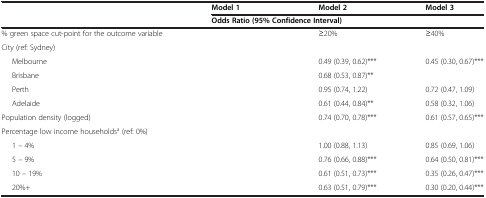
<table><thead><tr><td>[EMPTY_CELL]</td><td><b>Model 1</b></td><td><b>Model 2</b></td><td><b>Model 3</b></td></tr><tr><td>[EMPTY_CELL]</td><td colspan="3"><b>Odds Ratio (95% Confidence Interval)</b></td></tr></thead><tbody><tr><td>% green space cut-point for the outcome variable</td><td>[EMPTY_CELL]</td><td>≥20%</td><td>≥40%</td></tr><tr><td>City (ref: Sydney)</td><td>[EMPTY_CELL]</td><td>[EMPTY_CELL]</td><td>[EMPTY_CELL]</td></tr><tr><td>Melbourne</td><td>[EMPTY_CELL]</td><td>0.49 (0.39, 0.62)***</td><td>0.45 (0.30, 0.67)***</td></tr><tr><td>Brisbane</td><td>[EMPTY_CELL]</td><td>0.68 (0.53, 0.87)**</td><td>[EMPTY_CELL]</td></tr><tr><td>Perth</td><td>[EMPTY_CELL]</td><td>0.95 (0.74, 1.22)</td><td>0.72 (0.47, 1.09)</td></tr><tr><td>Adelaide</td><td>[EMPTY_CELL]</td><td>0.61 (0.44, 0.84)**</td><td>0.58 (0.32, 1.06)</td></tr><tr><td>Population density (logged)</td><td>[EMPTY_CELL]</td><td>0.74 (0.70, 0.78)***</td><td>0.61 (0.57, 0.65)***</td></tr><tr><td>Percentage low income households<sup>a</sup> (ref: 0%)</td><td>[EMPTY_CELL]</td><td>[EMPTY_CELL]</td><td>[EMPTY_CELL]</td></tr><tr><td>1 – 4%</td><td>[EMPTY_CELL]</td><td>1.00 (0.88, 1.13)</td><td>0.85 (0.69, 1.06)</td></tr><tr><td>5 – 9%</td><td>[EMPTY_CELL]</td><td>0.76 (0.66, 0.88)***</td><td>0.64 (0.50, 0.81)***</td></tr><tr><td>10 – 19%</td><td>[EMPTY_CELL]</td><td>0.61 (0.51, 0.73)***</td><td>0.35 (0.26, 0.47)***</td></tr><tr><td>20%+</td><td>[EMPTY_CELL]</td><td>0.63 (0.51, 0.79)***</td><td>0.30 (0.20, 0.44)***</td></tr></tbody></table>